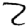
Digit: 2